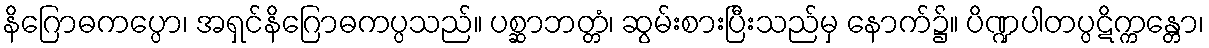
နိဂြောဓကပ္ပော၊ အရှင်နိဂြောဓကပ္ပသည်။ ပစ္ဆာဘတ္တံ၊ ဆွမ်းစားပြီးသည်မှ နောက်၌။ ပိဏ္ဍပါတပ္ပဋိက္ကန္တော၊